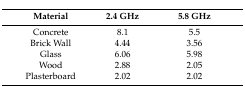
<table><thead><tr><td><b>Material</b></td><td><b>2.4 GHz</b></td><td><b>5.8 GHz</b></td></tr></thead><tbody><tr><td>Concrete</td><td>8.1</td><td>5.5</td></tr><tr><td>Brick Wall</td><td>4.44</td><td>3.56</td></tr><tr><td>Glass</td><td>6.06</td><td>5.98</td></tr><tr><td>Wood</td><td>2.88</td><td>2.05</td></tr><tr><td>Plasterboard</td><td>2.02</td><td>2.02</td></tr></tbody></table>